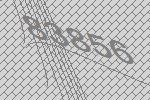
83856